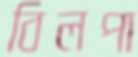
বিলপা